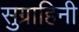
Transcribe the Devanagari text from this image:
सुग्राहिनी